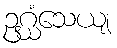
ဥဂ္ဃံသေယျ